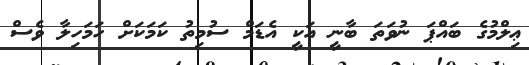
ޢިލްމުގެ ބައްޕަ ނުވަތަ ބާނީ އަކީ އެޑަމް ސުމިތު ކަމަކަށް ހަމަހިލާ ވެސް